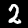
Digit: 2